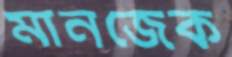
মানজেক